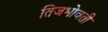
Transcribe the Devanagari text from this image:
तिजभोवती